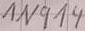
Text: 1N914